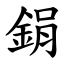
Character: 鋗